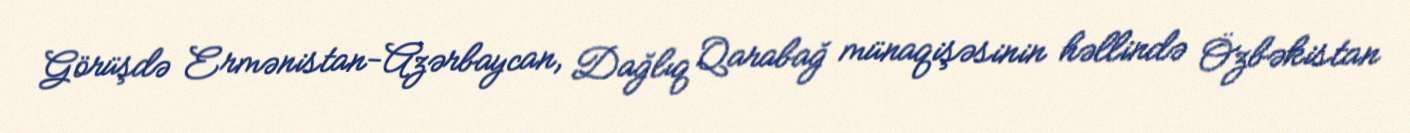
Görüşdə Ermənistan-Azərbaycan, Dağlıq Qarabağ münaqişəsinin həllində Özbəkistan